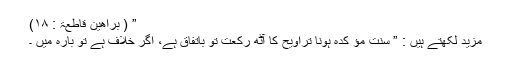
” ( براھین قاطعۃ : ۱۸)
مزید لکھتے ہیں : ” سنتِ مؤ کدہ ہونا تراویح کا آٹھ رکعت تو باتفاق ہے، اگر خلاف ہے تو بارہ میں ۔